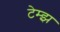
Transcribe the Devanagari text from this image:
टेम्झ